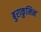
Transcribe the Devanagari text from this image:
बुराकुमिन